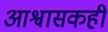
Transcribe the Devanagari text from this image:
आश्वासकही